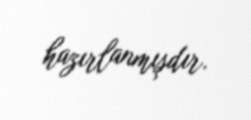
hazırlanmışdır.